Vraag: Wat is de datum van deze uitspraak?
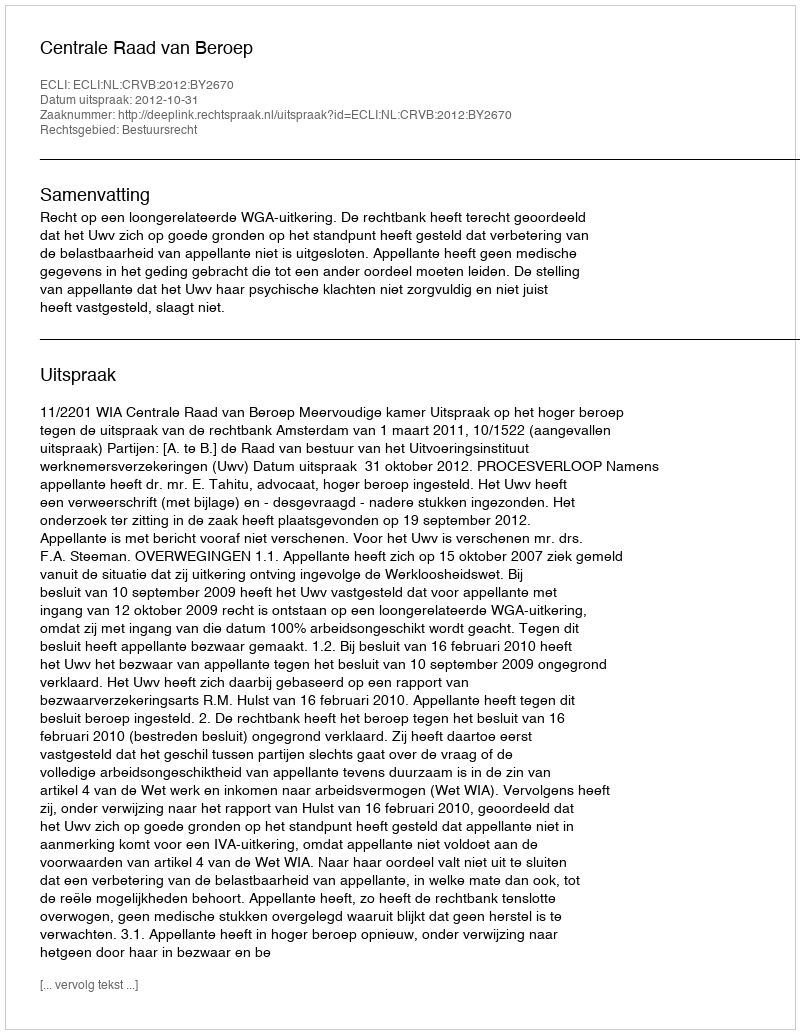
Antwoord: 2012-10-31